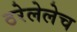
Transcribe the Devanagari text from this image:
ठरेलेलेच